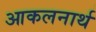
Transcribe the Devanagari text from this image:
आकलनार्थ